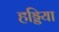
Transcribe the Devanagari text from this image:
हड्डिया